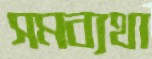
সমব্যথা